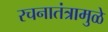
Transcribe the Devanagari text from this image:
रचनातंत्रामुळे